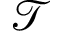
\mathcal { T }